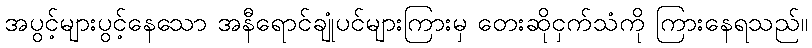
အပွင့်များပွင့်နေသော အနီရောင်ချုံပင်များကြားမှ တေးဆိုငှက်သံကို ကြားနေရသည်။